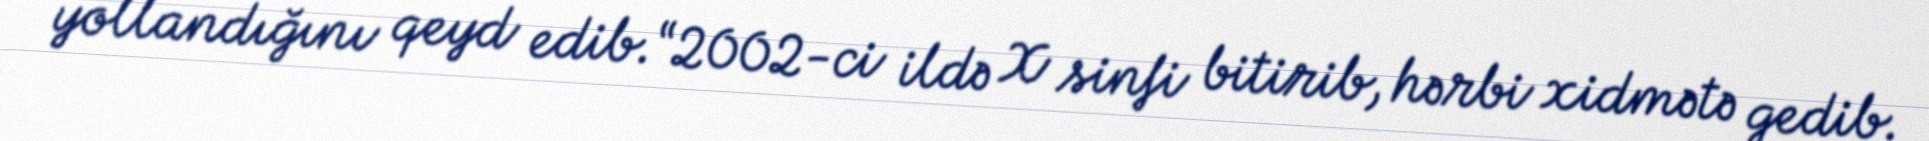
yollandığını qeyd edib.“2002-ci ildə X sinfi bitirib, hərbi xidmətə gedib.